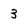
Character: 3